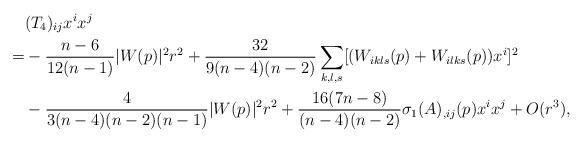
LaTeX: \begin{align*} & (T_4)_{ij}x^ix^j \\ =& -\frac{n-6}{12(n-1)}|W(p)|^2r^2+\frac{32}{9(n-4)(n-2)}\sum_{k,l,s}[(W_{ikls}(p)+W_{ilks}(p))x^i]^2 \\ & -\frac{4}{3(n-4)(n-2)(n-1)}|W(p)|^2r^2+\frac{16(7n-8)}{(n-4)(n-2)}\sigma_1(A)_{,ij}(p)x^ix^j+O(r^3),\end{align*}